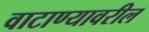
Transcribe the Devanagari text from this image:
वाटाण्यावरील